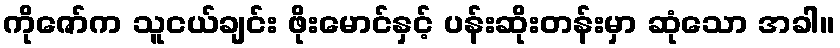
ကိုဇော်က သူငယ်ချင်း ဖိုးမောင်နှင့် ပန်းဆိုးတန်းမှာ ဆုံသော အခါ။